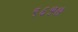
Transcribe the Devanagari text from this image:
९६५७